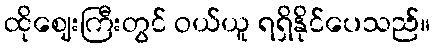
ထိုဈေးကြီးတွင် ဝယ်ယူ ရရှိနိုင်ပေသည်။